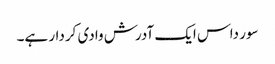
سور داس ایک آدرش وادی کردار ہے۔